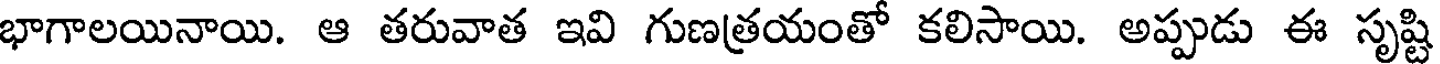
భాగాలయినాయి. ఆ తరువాత ఇవి గుణత్రయంతో కలిసాయి. అప్పుడు ఈ సృష్టి